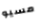
مسيو